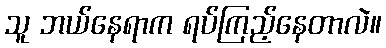
သူ ဘယ်နေရာက ရပ်ကြည့်နေတာလဲ။